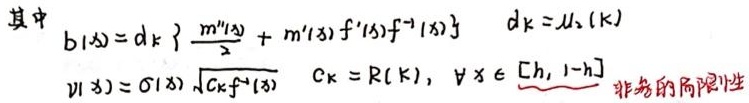
其中
\[
b(x)=d_{k}\left\{\frac{m^{\prime\prime}(x)}{2}+m^{\prime}(x)f^{\prime}(x)f^{-1}(x)\right\} \quad d_{k}=\mu_{2}(k)
\]
\[
\nu(x)=\sigma(x)\sqrt{C_{k}f^{-1}(x)} \quad C_{k}=R(k), \quad \forall x \in [C_{1},1 - h]
\]
非负的局限性